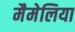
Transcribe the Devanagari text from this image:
मैमेलिया